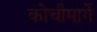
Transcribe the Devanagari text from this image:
कोचीमार्गे